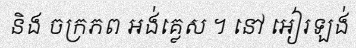
និង ចក្រភព អង់គ្លេស ។ នៅ អៀរឡង់